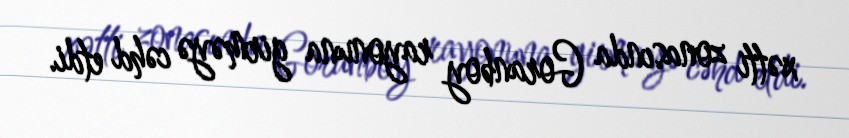
xətti zonasında Goranboy rayonuna girməyə cəhd etdi.